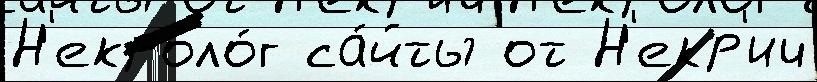
Н'екроло́г са́йты от Н'екр'ич